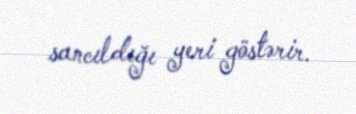
sancıldığı yeri göstərir.